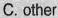
A. anybody B. Another C.Other D.everybody